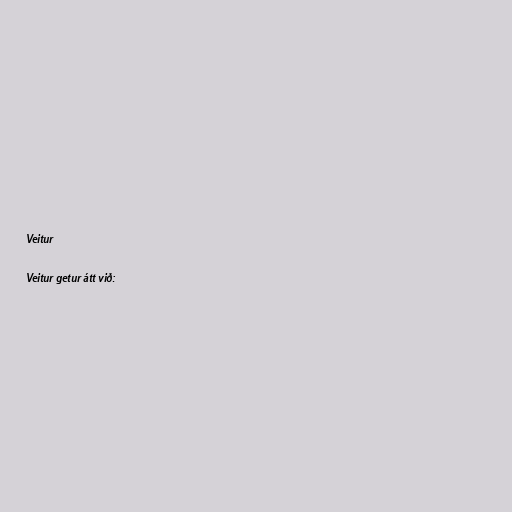
Veitur

Veitur getur átt við: